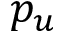
p _ { u }